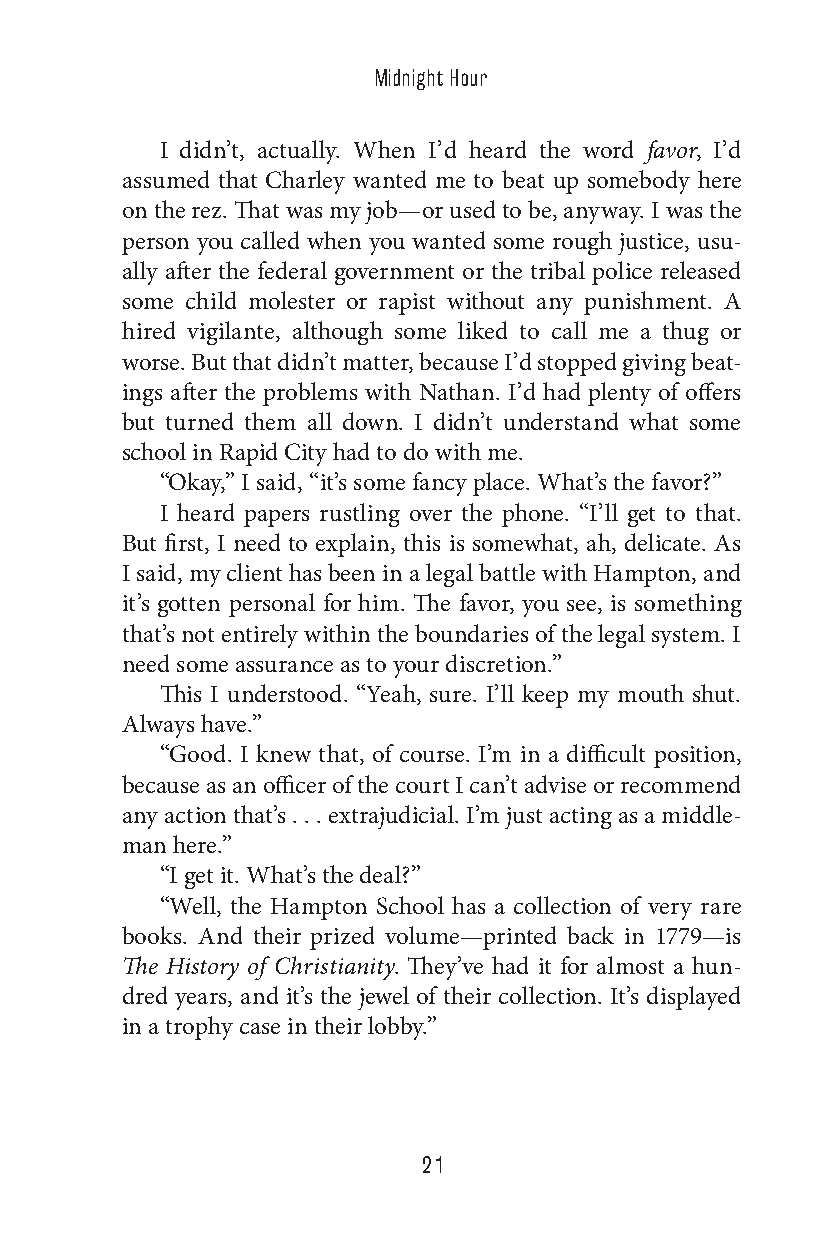
Midnight Hour
 I didn’t, actually. When I’d heard the word favor, I’d
 assumed that Charley wanted me to beat up somebody here
 on the rez. That was my job—or used to be, anyway. I was the
 person you called when you wanted some rough justice, usu-
 ally after the federal government or the tribal police released
 some child molester or rapist without any punishment. A
 hired vigilante, although some liked to call me a thug or
 worse. But that didn’t matter, because I’d stopped giving beat-
 ings after the problems with Nathan. I’d had plenty of offers
 but turned them all down. I didn’t understand what some
 school in Rapid City had to do with me.
 “Okay,” I said, “it’s some fancy place. What’s the favor?”
 I heard papers rustling over the phone. “I’ll get to that.
 But first, I need to explain, this is somewhat, ah, delicate. As
 I said, my client has been in a legal battle with Hampton, and
 it’s gotten personal for him. The favor, you see, is something
 that’s not entirely within the boundaries of the legal system. I
 need some assurance as to your discretion.”
 This I understood. “Yeah, sure. I’ll keep my mouth shut.
 Always have.”
 “Good. I knew that, of course. I’m in a difficult position,
 because as an officer of the court I can’t advise or recommend
 any action that’s . . . extrajudicial. I’m just acting as a middle-
 man here.”
 “I get it. What’s the deal?”
 “Well, the Hampton School has a collection of very rare
 books. And their prized volume—printed back in 1779—is
 The History of Christianity. They’ve had it for almost a hun-
 dred years, and it’s the jewel of their collection. It’s displayed
 in a trophy case in their lobby.”
 21